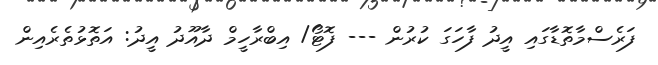
ފަރެސްމާތޮޑާގައި އީދު ފާހަގަ ކުރުން --- ފޮޓޯ/ އިބްރާހީމް ދާއޫދު އީދު: އަތޮޅުތެރެއިން